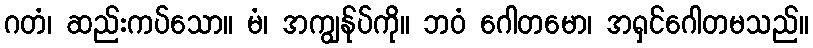
ဂတံ၊ ဆည်းကပ်သော။ မံ၊ အကျွန်ုပ်ကို။ ဘဝံ ဂေါတမော၊ အရှင်ဂေါတမသည်။